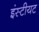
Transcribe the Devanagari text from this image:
इंस्टीयट